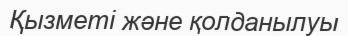
Қызметі және қолданылуы